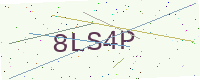
Text: 8LS4P